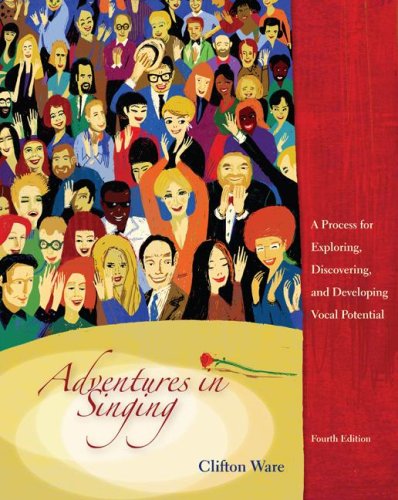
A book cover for Adventures in Singing: A Process for Exploring, Discovering, and Developing Vocal Potential; Clifton Ware; Arts & Photography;